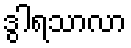
ဒွါရသာလာ